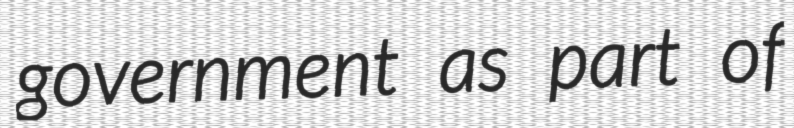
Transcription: government as part of